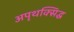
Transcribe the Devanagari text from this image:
अपृथक्सिद्ध